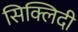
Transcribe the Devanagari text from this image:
सिक्लिदी